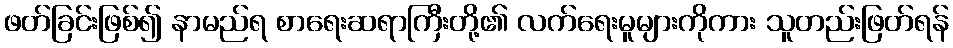
ဖတ်ခြင်းဖြစ်၍ နာမည်ရ စာရေးဆရာကြီးတို့၏ လက်ရေးမူများကိုကား သူတည်းဖြတ်ရန်